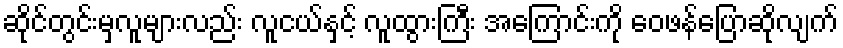
ဆိုင်တွင်းမှလူများလည်း လူငယ်နှင့် လူထွားကြီး အကြောင်းကို ဝေဖန်ပြောဆိုလျက်